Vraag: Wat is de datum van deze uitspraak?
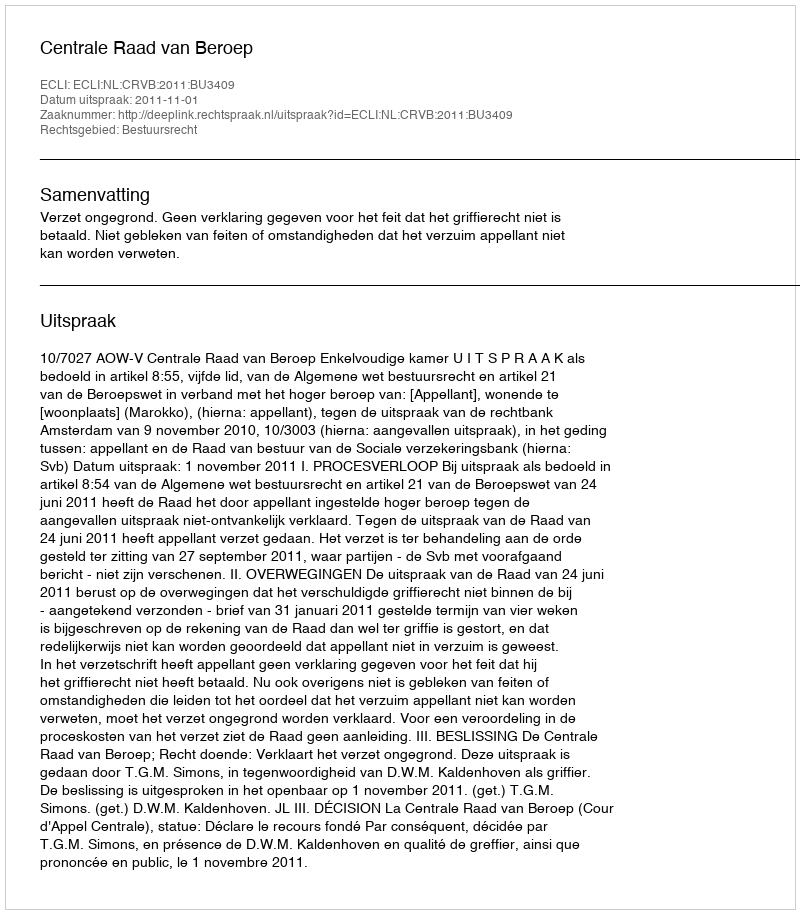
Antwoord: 2011-11-01